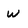
Character: w